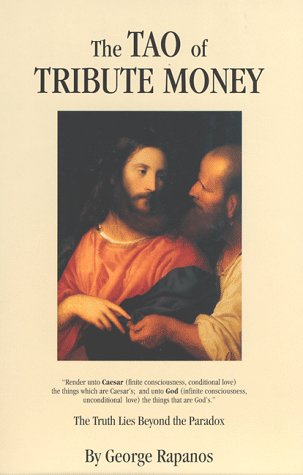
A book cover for The Tao of Tribute Money (Philosophy-Metaphysics-Religion-Mysticism); George Rapanos; Reference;